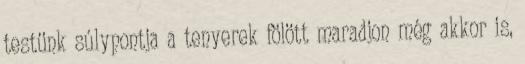
testünk súlypontja a tenyerek fölött maradjon még akkor is,